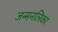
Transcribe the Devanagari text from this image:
जन्मनलिका